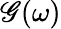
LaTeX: \mathscr{G}(\omega)